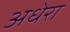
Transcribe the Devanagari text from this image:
अधेरा